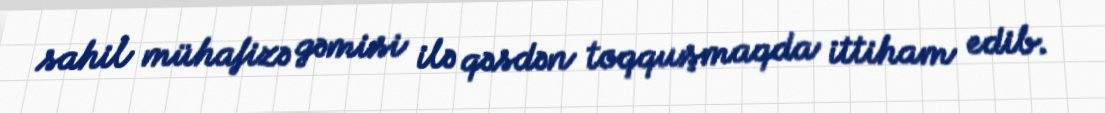
sahil mühafizə gəmisi ilə qəsdən toqquşmaqda ittiham edib.